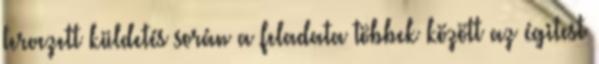
tervezett küldetés során a feladata többek között az égitest